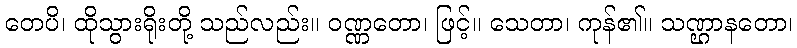
တေပိ၊ ထိုသွားရိုးတို့ သည်လည်း။ ဝဏ္ဏတော၊ ဖြင့်။ သေတာ၊ ကုန်၏။ သဏ္ဌာနတော၊